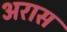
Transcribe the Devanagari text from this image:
अरास